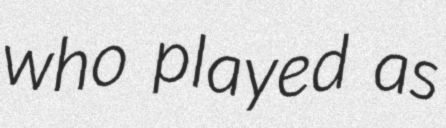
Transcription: who played as